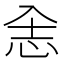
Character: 𰑎